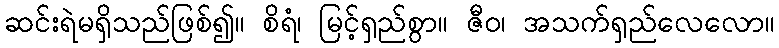
ဆင်းရဲမရှိသည်ဖြစ်၍။ စိရံ၊ မြင့်ရှည်စွာ။ ဇီဝ၊ အသက်ရှည်လေလော။